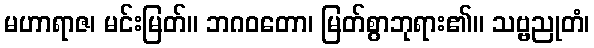
မဟာရာဇ၊ မင်းမြတ်။ ဘဂဝတော၊ မြတ်စွာဘုရား၏။ သဗ္ဗညုတံ၊